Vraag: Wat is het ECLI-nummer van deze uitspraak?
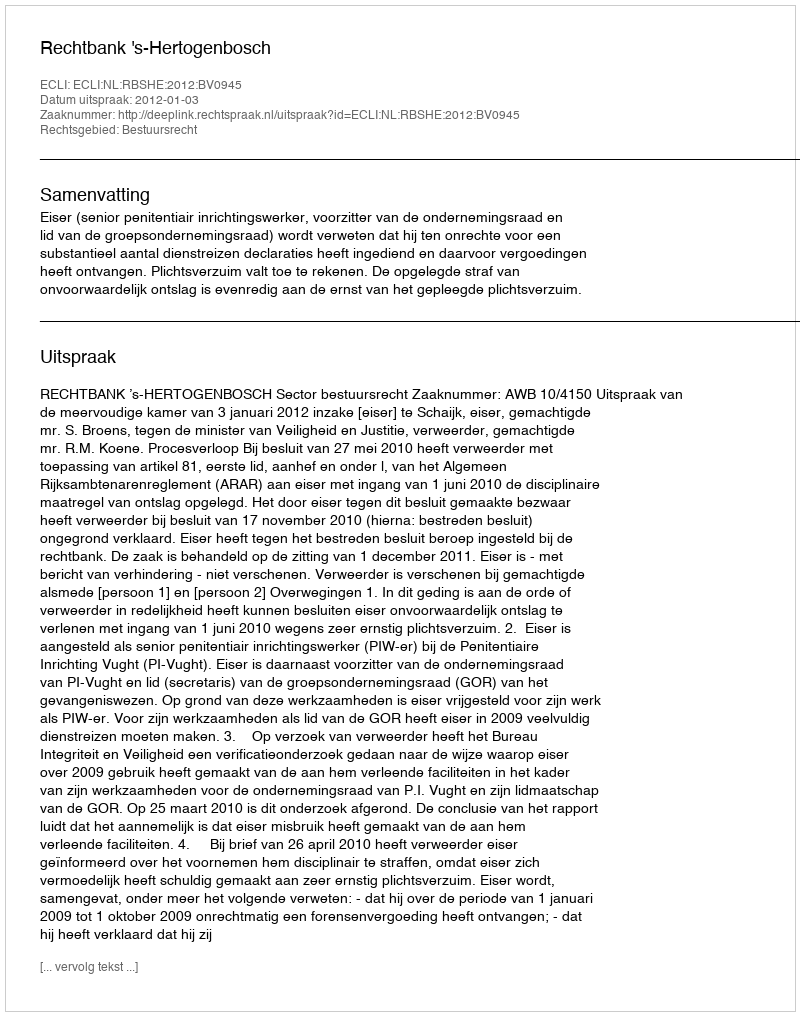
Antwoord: ECLI:NL:RBSHE:2012:BV0945